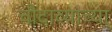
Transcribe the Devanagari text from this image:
चौदाव्याच्या